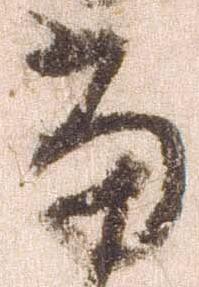
当